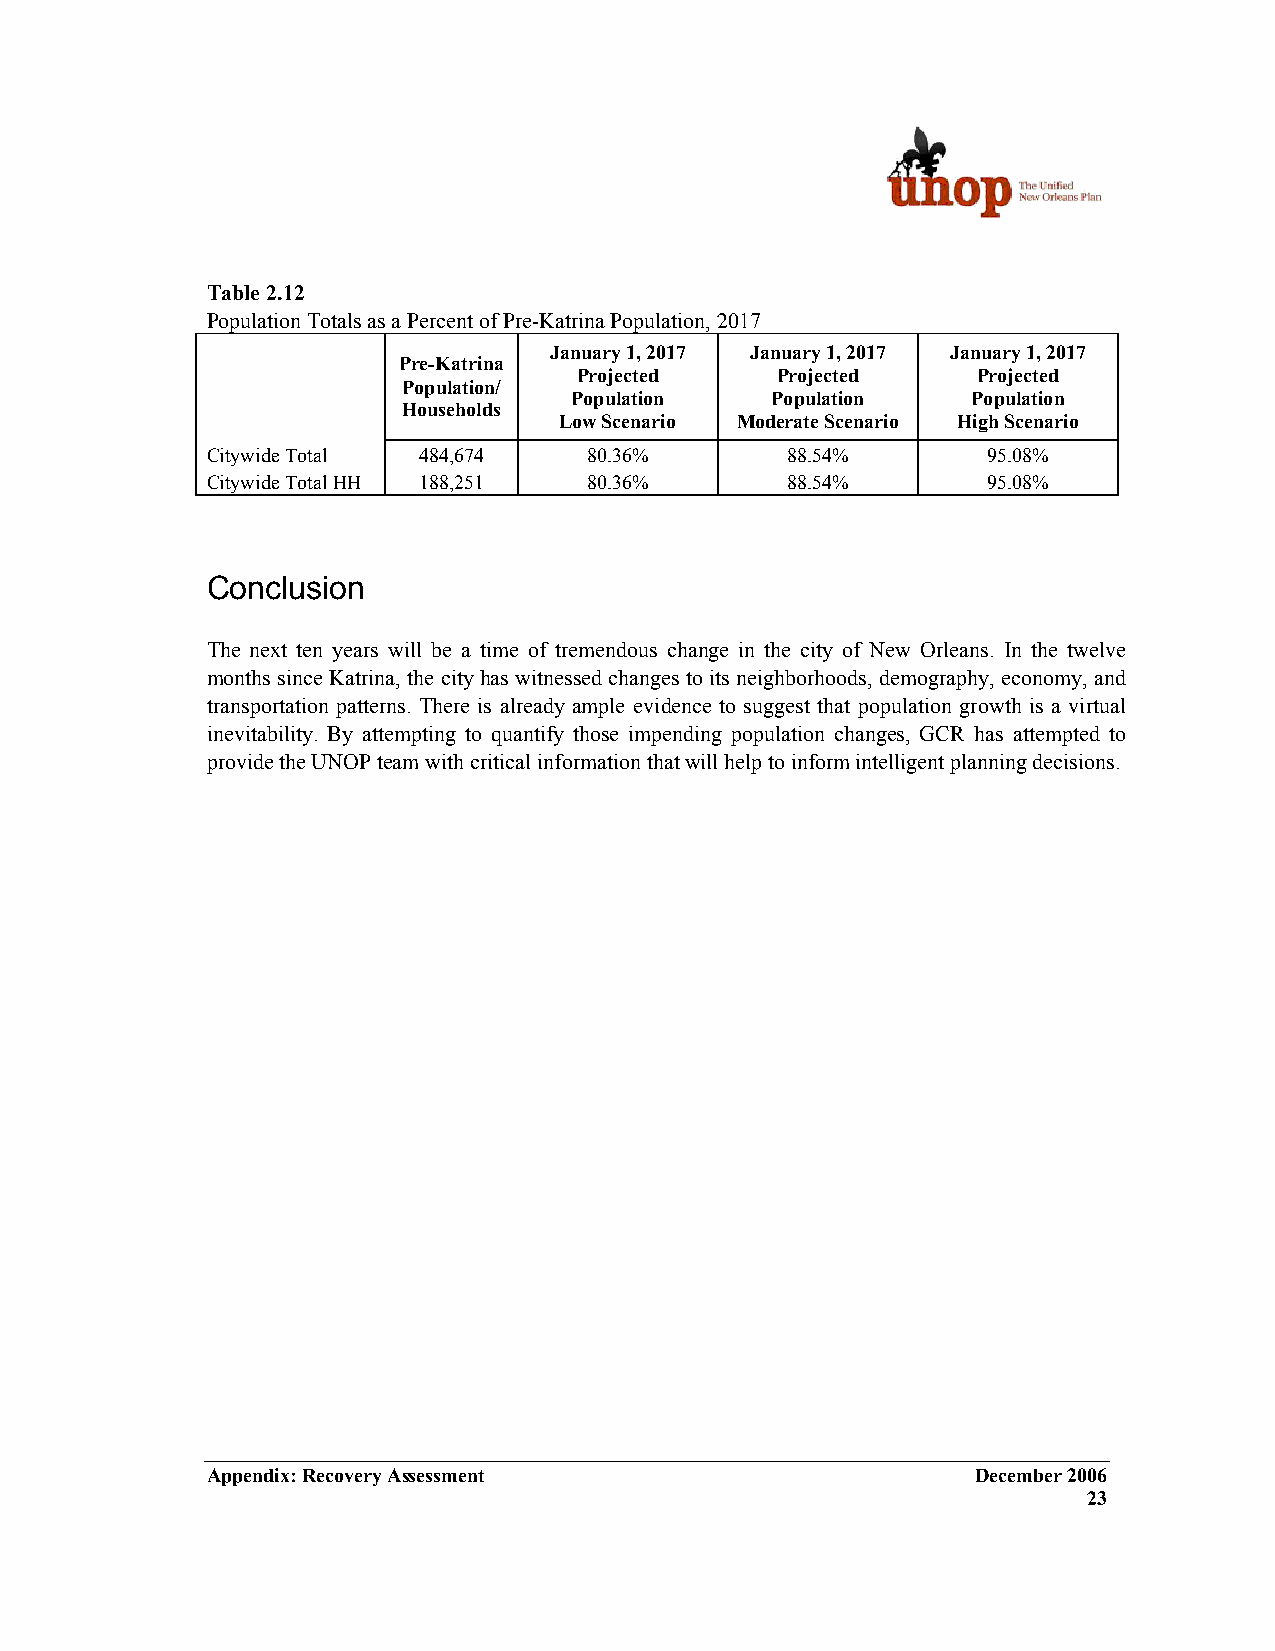
Table 2.12
 Population Totals as a Percent of Pre-Katrina Population, 2017
 January 1, 2017 January 1, 2017 January 1, 2017
 Pre-Katrina
 Projected    Projected     Projected
 Population/
 Population   Population   Population
 Households
 Low Scenario Moderate Scenario High Scenario
 Citywide Total 484,674   80.36%       88.54%       95.08%
 Citywide Total HH 188,251 80.36%      88.54%       95.08%
 Conclusion
 The next ten years will be a time of tremendous change in the city of New Orleans. In the twelve
 months since Katrina, the city has witnessed changes to its neighborhoods, demography, economy, and
 transportation patterns. There is already ample evidence to suggest that population growth is a virtual
 inevitability. By attempting to quantify those impending population changes, GCR has attempted to
 provide the UNOP team with critical information that will help to inform intelligent planning decisions.
 Appendix: Recovery Assessment                      December 2006
 23